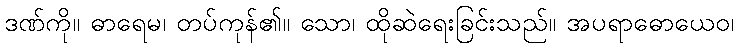
ဒဏ်ကို။ ဓာရေမ၊ တပ်ကုန်၏။ သော၊ ထိုဆဲရေးခြင်းသည်။ အပရာဓောယေဝ၊